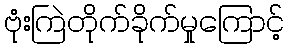
ဗုံးကြဲတိုက်ခိုက်မှုကြောင့်